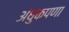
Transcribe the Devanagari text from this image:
अंधुकपणा